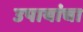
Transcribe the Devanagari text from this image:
उपायांचा